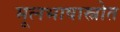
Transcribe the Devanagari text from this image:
मूलभाषास्त्रोत